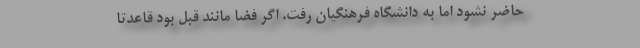
حاضر نشود اما به دانشگاه فرهنگیان رفت. اگر فضا مانند قبل بود قاعدتا